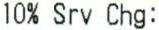
10% SRV CHG: